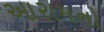
આરામનો